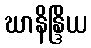
ဃာနိန္ဒြိယ